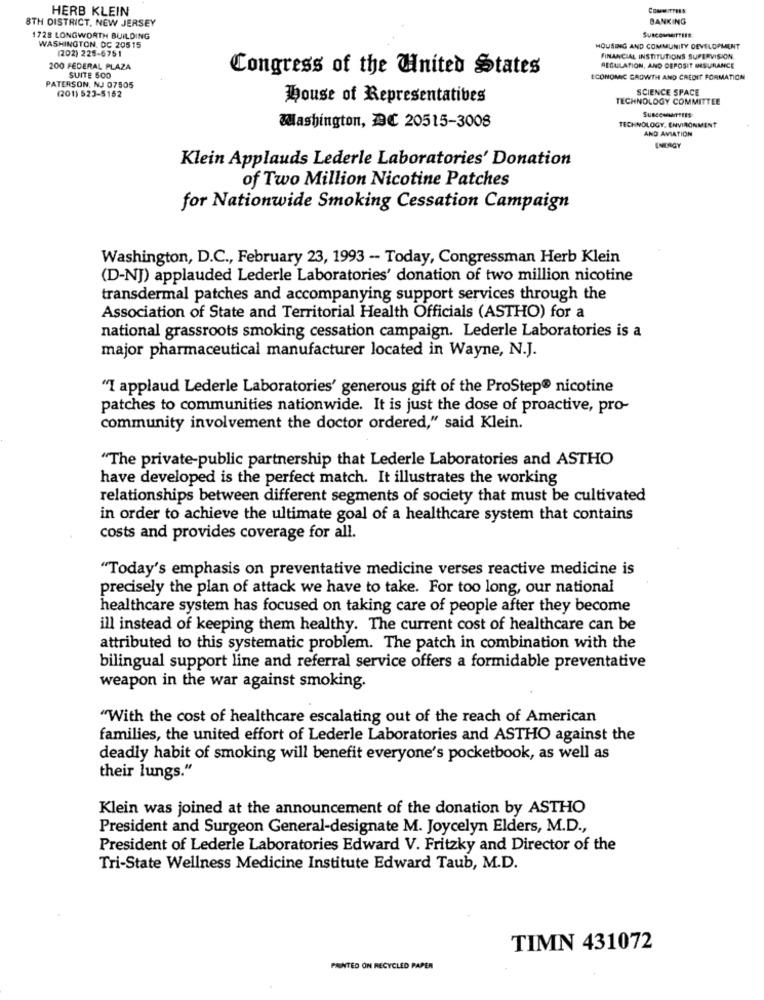
HERB KLEIN
8TH DISTRICT, NEW JERSEY
BANKING
SuscoverEs
1728 LONGWORTH BUILDING
WASHINGTON, DC 20515
(202) 225-6751
HOUSING AND COMMUNITY DEVELOPMENT
FINANCIAL INSTITUTIONS SUPERVISION.
200 FEDERAL PLAZA
Congress of the United States
REGULATION, AND DEPOSIT INSURANCE
SUITE SOO
ECONOMIC GROWTH AND CREDIT FORMATION
PATERSON, NJ 07505
(201) 523-5162
SCIENCE SPACE
house of Representatives
TECHNOLOGY COMMITTEE
TECHNOLOGY, ENVIRONMENT
Washington, DC 20515-3008
AND AVIATION
ENERGY
Klein Applauds Lederle Laboratories' Donation
of Two Million Nicotine Patches
for Nationwide Smoking Cessation Campaign
Washington, D.C ., February 23, 1993 - Today, Congressman Herb Klein
(D-NJ) applauded Lederle Laboratories' donation of two million nicotine
transdermal patches and accompanying support services through the
Association of State and Territorial Health Officials (ASTHO) for a
national grassroots smoking cessation campaign. Lederle Laboratories is a
major pharmaceutical manufacturer located in Wayne, N.J.
"I applaud Lederle Laboratories' generous gift of the ProStep® nicotine
patches to communities nationwide. It is just the dose of proactive, pro-
community involvement the doctor ordered," said Klein.
"The private-public partnership that Lederle Laboratories and ASTHO
have developed is the perfect match. It illustrates the working
relationships between different segments of society that must be cultivated
in order to achieve the ultimate goal of a healthcare system that contains
costs and provides coverage for all.
"Today's emphasis on preventative medicine verses reactive medicine is
precisely the plan of attack we have to take. For too long, our national
healthcare system has focused on taking care of people after they become
ill instead of keeping them healthy. The current cost of healthcare can be
attributed to this systematic problem. The patch in combination with the
bilingual support line and referral service offers a formidable preventative
weapon in the war against smoking.
"With the cost of healthcare escalating out of the reach of American
families, the united effort of Lederle Laboratories and ASTHO against the
deadly habit of smoking will benefit everyone's pocketbook, as well as
their lungs."
Klein was joined at the announcement of the donation by ASTHO
President and Surgeon General-designate M. Joycelyn Elders, M.D .,
President of Lederle Laboratories Edward V. Fritzky and Director of the
Tri-State Wellness Medicine Institute Edward Taub, M.D.
TIMN 431072
PAINTED ON RECYCLED PAPER